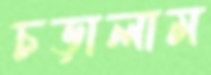
চড়ালাম